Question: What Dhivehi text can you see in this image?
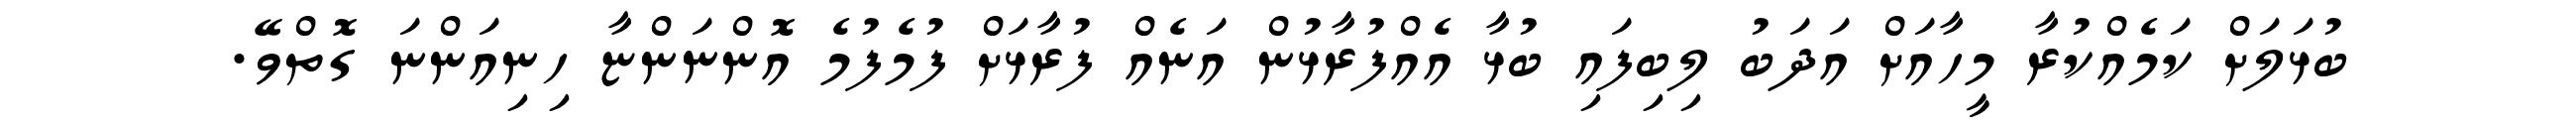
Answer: ބުޅަލަށް ކަމެއްކުރާ މީހާއަށް އަދަބު ލިބިފައި ބުޅާ އެއްފުރާޅުން އަނެއް ފުރާޅަށް ފުމެފުމެ އޮންނަންޏާ ހިނިއަންނަ ގޮތްވޭ.